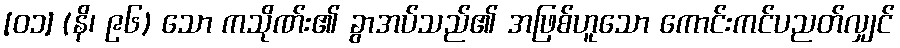
[၀၁] (နိ၊ ၉၆) သော ကသိုဏ်း၏ ခွာအပ်သည်၏ အဖြစ်ဟူသော ကောင်းကင်ပညတ်လျှင်